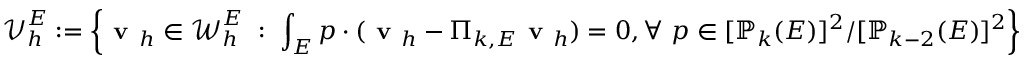
\boldsymbol { \mathcal { V } } _ { h } ^ { E } : = \left\lbrace \textbf { v } _ { h } \in \boldsymbol { \mathcal { W } } _ { h } ^ { E } \; : \; \displaystyle { \int _ { E } \boldsymbol { p } \cdot ( \textbf { v } _ { h } - \boldsymbol { \Pi } _ { k , E } \textbf { v } _ { h } ) = 0 , \forall \; \boldsymbol { p } \in [ \mathbb { P } _ { k } ( E ) ] ^ { 2 } / [ \mathbb { P } _ { k - 2 } ( E ) ] ^ { 2 } } \right\rbrace